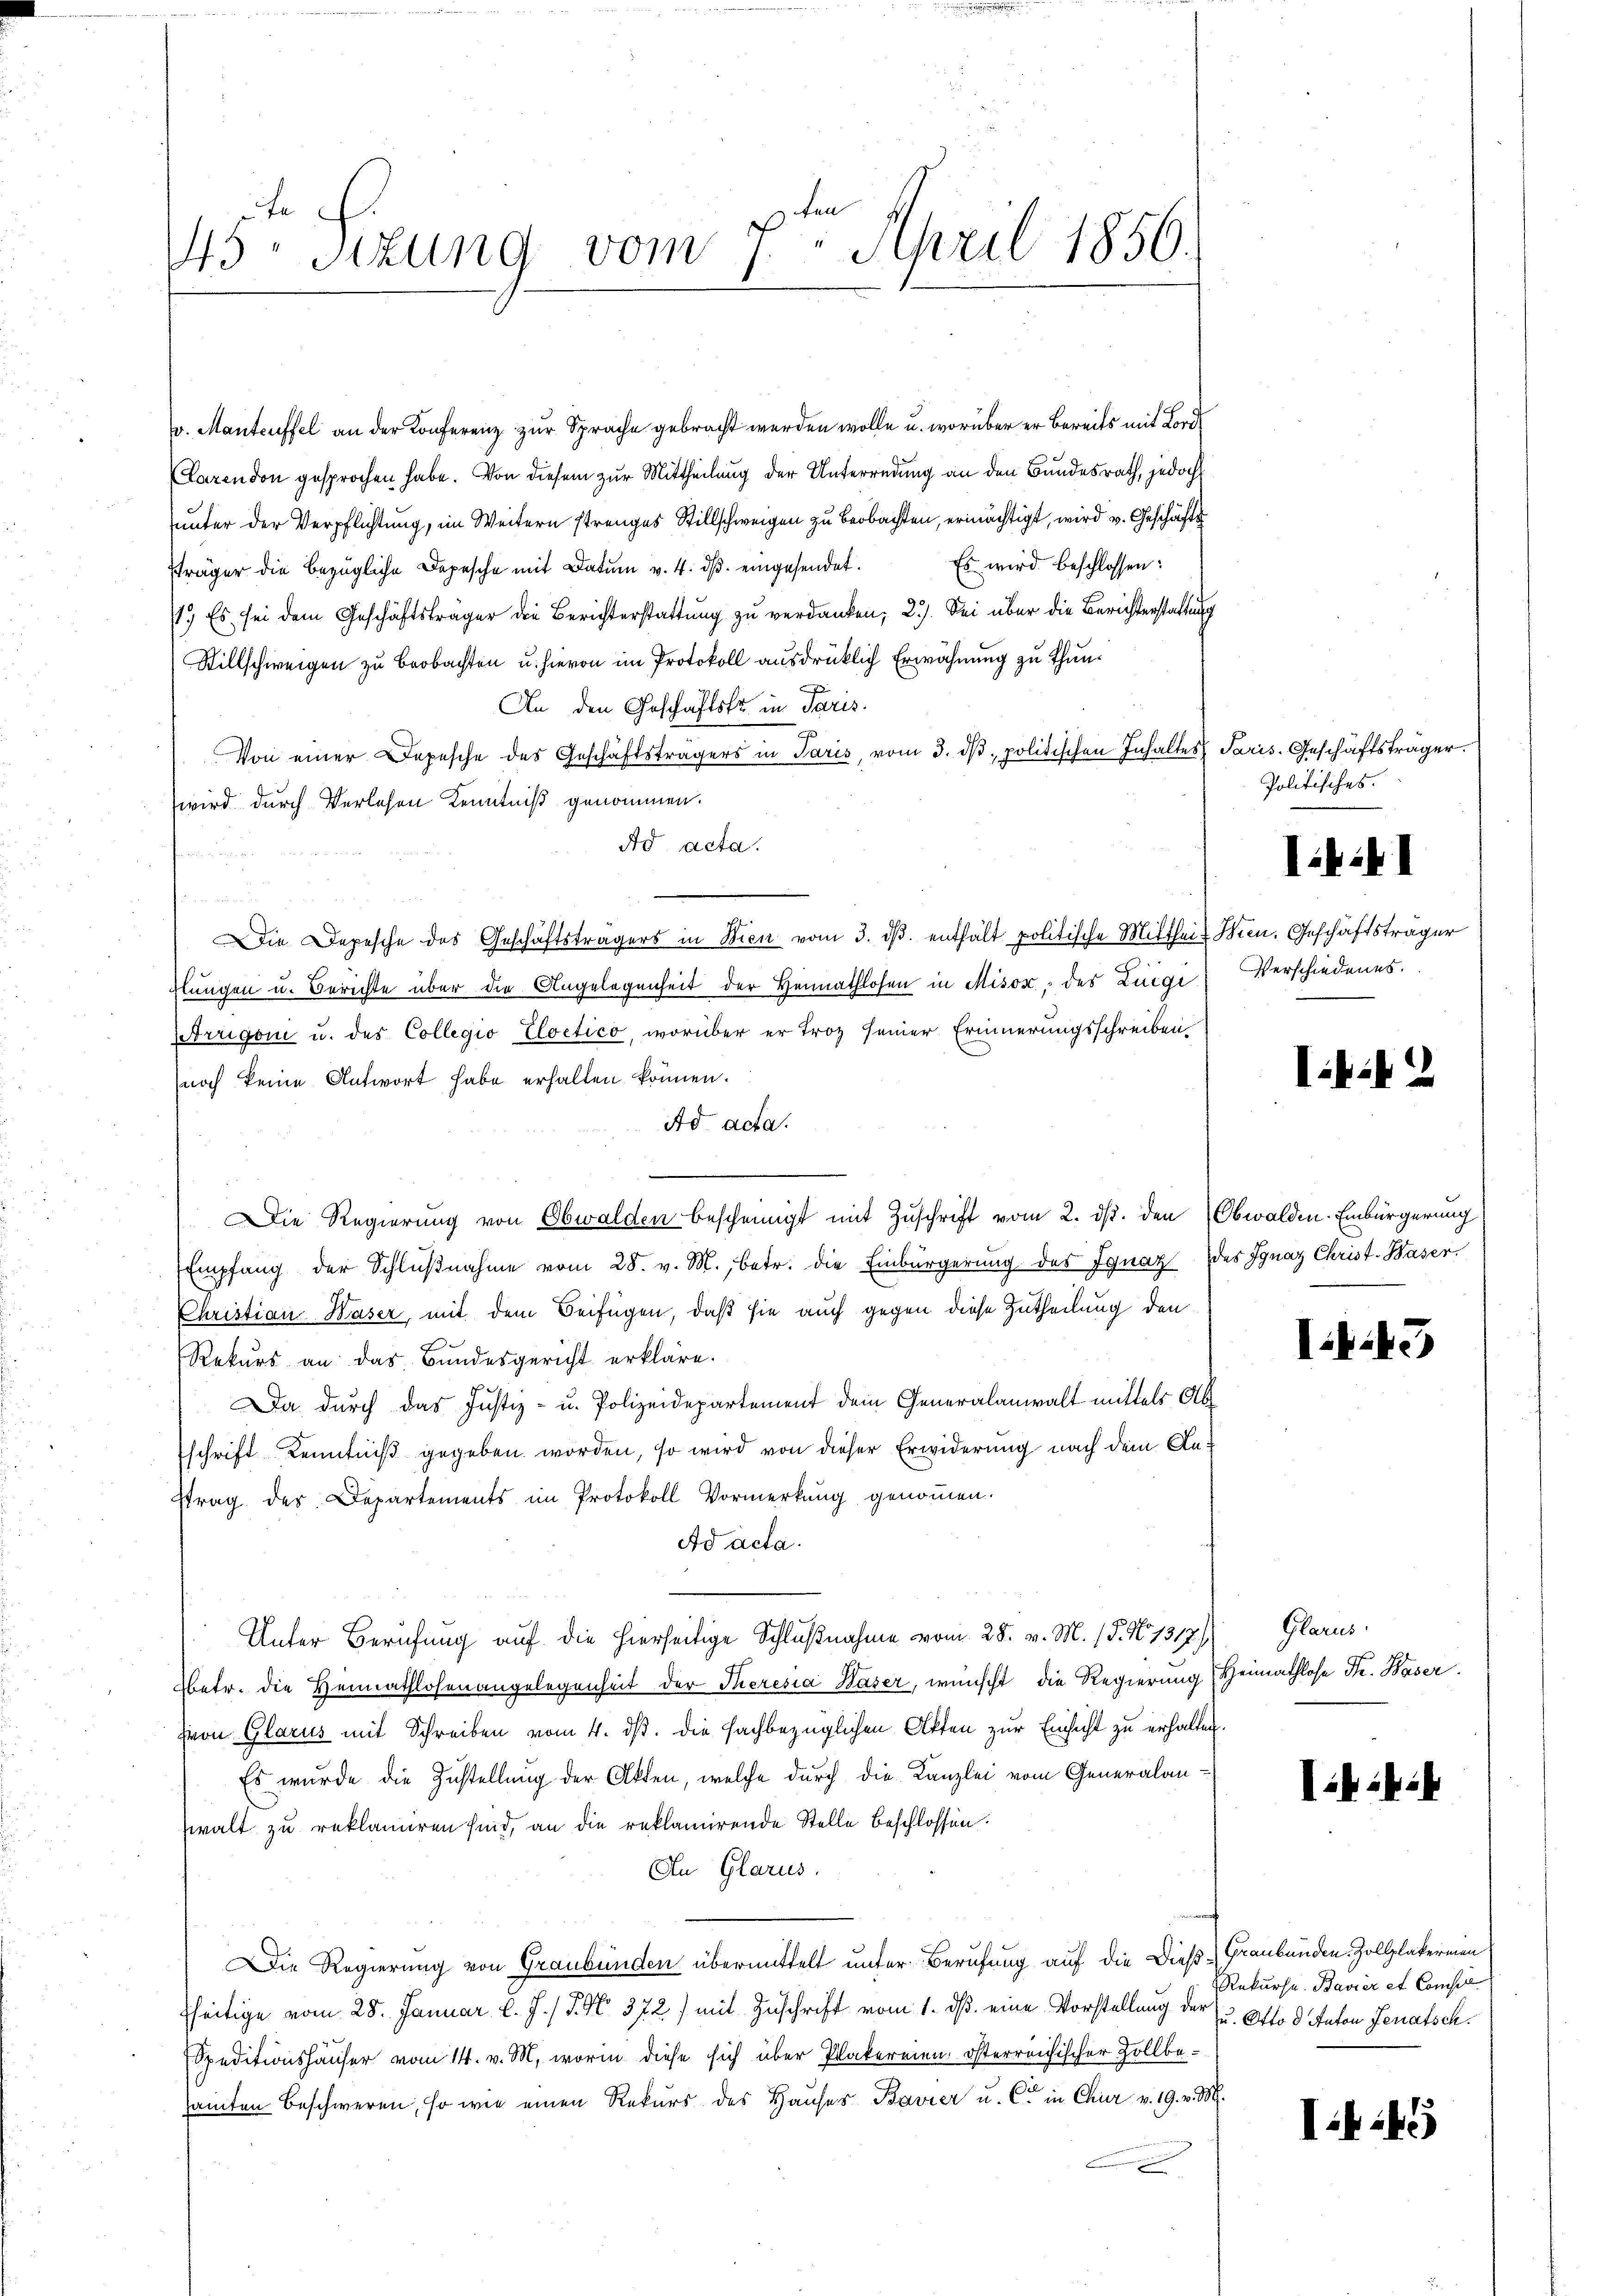
45 sizung vom 7. April 1850.

v. Manteuffel an der Konferenz zur Sprache gebracht werden wolle u. worüber er bereits mit Lord¬
(Larendon gesprochen habe. Von diesem zur Mittheilung der Unterredung an den Bundesrath, jedoch
unter der Verpflichtung, im Weitern strenges Stillschweigen zu beobachten, ermächtigt, wird v. Geschäfts
sträger die bezügliche Depesche mit Datŭm v. 4. dβ eingesendet. Es wird beschlossen:
1.) Es sei dem Geschäftsträger die Berichterstattung zu verdanken; 2.) Sei über die Berichterstattung
Stillschweigen zu beobachten u. hievon im Protokoll ausdrücklich Erwähnung zu thun.
An den Geschäftsfr. in Paris.
x
Von einer Depesche des Geschäftsträgers in Paris, vom 3. dβ. politischen Inhaltes Paris. Geschäftsträger
wird durch Verlesen Kenntniß genommen.
Ad acta.
Die Depesche des Geschäftsträgers in Wien vom 3. dβ. enthält politische Mitthei- Wien. Geschäftsträger
hlungen u. Berichte über die Angelegenheit der Heimathlosen in Misox, des Luigi Verschiedenes.
rrigen u. des Collegio Elvetico, worüber er Troz seiner Erinnerungsschreiben
noch keine Antwort habe erhalten können.
Ad acta.
 Die Regierung von Obwalden bescheinigt mit Zuschrift vom 2. ds. den (Obwalden-Einbürgerung
Empfang der Schlŭβnahme vom 28. v. M., betr. die Einbürgerung des Ignaz des Ignaz Christ. Waser
Christian Waser, mit dem Beifügen, daß sie auch gegen diese Zutheilung den
Rekurs an das Bundesgericht erkläre.
Da durch das Justiz- u. Polizeidepartement dem Generalanwalt mittels Abschrift Kenntniß gegeben worden, so wird von dieser Erwiderung nach dem An¬
Etrag des Departements im Protokoll Vormerkung genommen.
Ad acta.
Unter Berufung auf die hierseitige Schlußnahme vom 28. v. M. 18. No 1317)
Abetr. die Heimathlosenangelegenheit der Theresia Waser, wünscht die Regierung Heimathlose Str. Waser
Hvon Glarus mit Schreiben vom 4. ds. die fachbezüglichen Akten zur Einsicht zu erhalten.
Es wurde die Zustellung der Akten, welche durch die Kanzlei vom Generalanzwalt zu reklamiren sind, an die reklamirende Stelle beschlossen.
An Glarus.
Die Regierung von Graubünden übermittelt unter Berufung auf die Dieß Graubünden Zollplakereien
fheitige vom 28. Januar l. J. / 5. No. 372) mit Zuschrift vom 1. ds. eine Vorstellung der u. Otto d Anton Jenatsch
Speditionshäuser vom 14. v. M. worin diese sich über Plakereien, österreichischer Zollbesamten Beschweren, so wie einen Rekurs des Hauses Bavier u. C in Chur v. 19. v. M.
.

Politisches.

ii41

kit

:43

Glarus.

ik in ih

Rekurse. Bavier et Compel

I 45